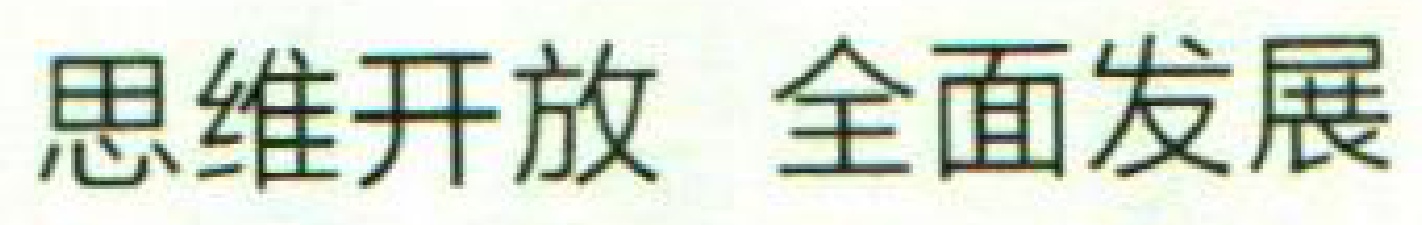
思维开放 全面发展